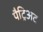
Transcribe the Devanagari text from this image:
पैट्रिअट